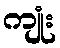
ကျုံး